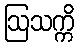
ဩသက္ကိ